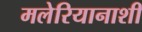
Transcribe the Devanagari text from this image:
मलेरियानाशी